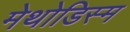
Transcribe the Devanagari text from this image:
मेथोडिस्म